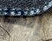
إنها